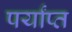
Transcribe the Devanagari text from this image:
पर्यांप्त